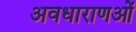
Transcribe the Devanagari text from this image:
अवधाराणओं